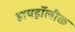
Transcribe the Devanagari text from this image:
हायड्रॉलीक